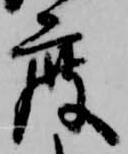
度